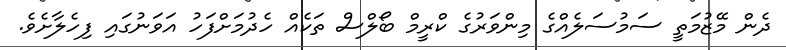
ދެން މޭޒުމަތީ ސަމުސަލެއްގެ މިންވަރުގެ ކްރީމް ބޯލްސް ތަކެއް ހެދުމަށްފަހު އަވަނުގައި ފިހެލާށެވެ.